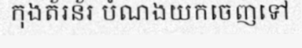
កុងត័រន័រ បំណងយកចេញទៅ